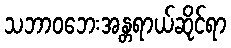
သဘာဝဘေးအန္တရာယ်ဆိုင်ရာ